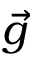
\vec { g }